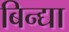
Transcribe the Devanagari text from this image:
बिन्द्या